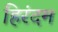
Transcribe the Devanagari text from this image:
हिरंदम